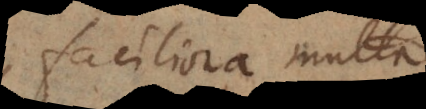
faciliora multa